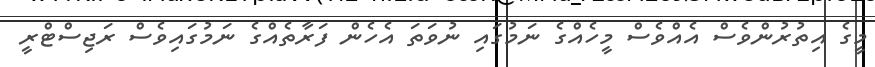
މީގެ އިތުރުންވެސް އެއްވެސް މީހެއްގެ ނަމުގައި ނުވަތަ އެހެން ފަރާތެއްގެ ނަމުގައިވެސް ރަޖިސްޓްރީ